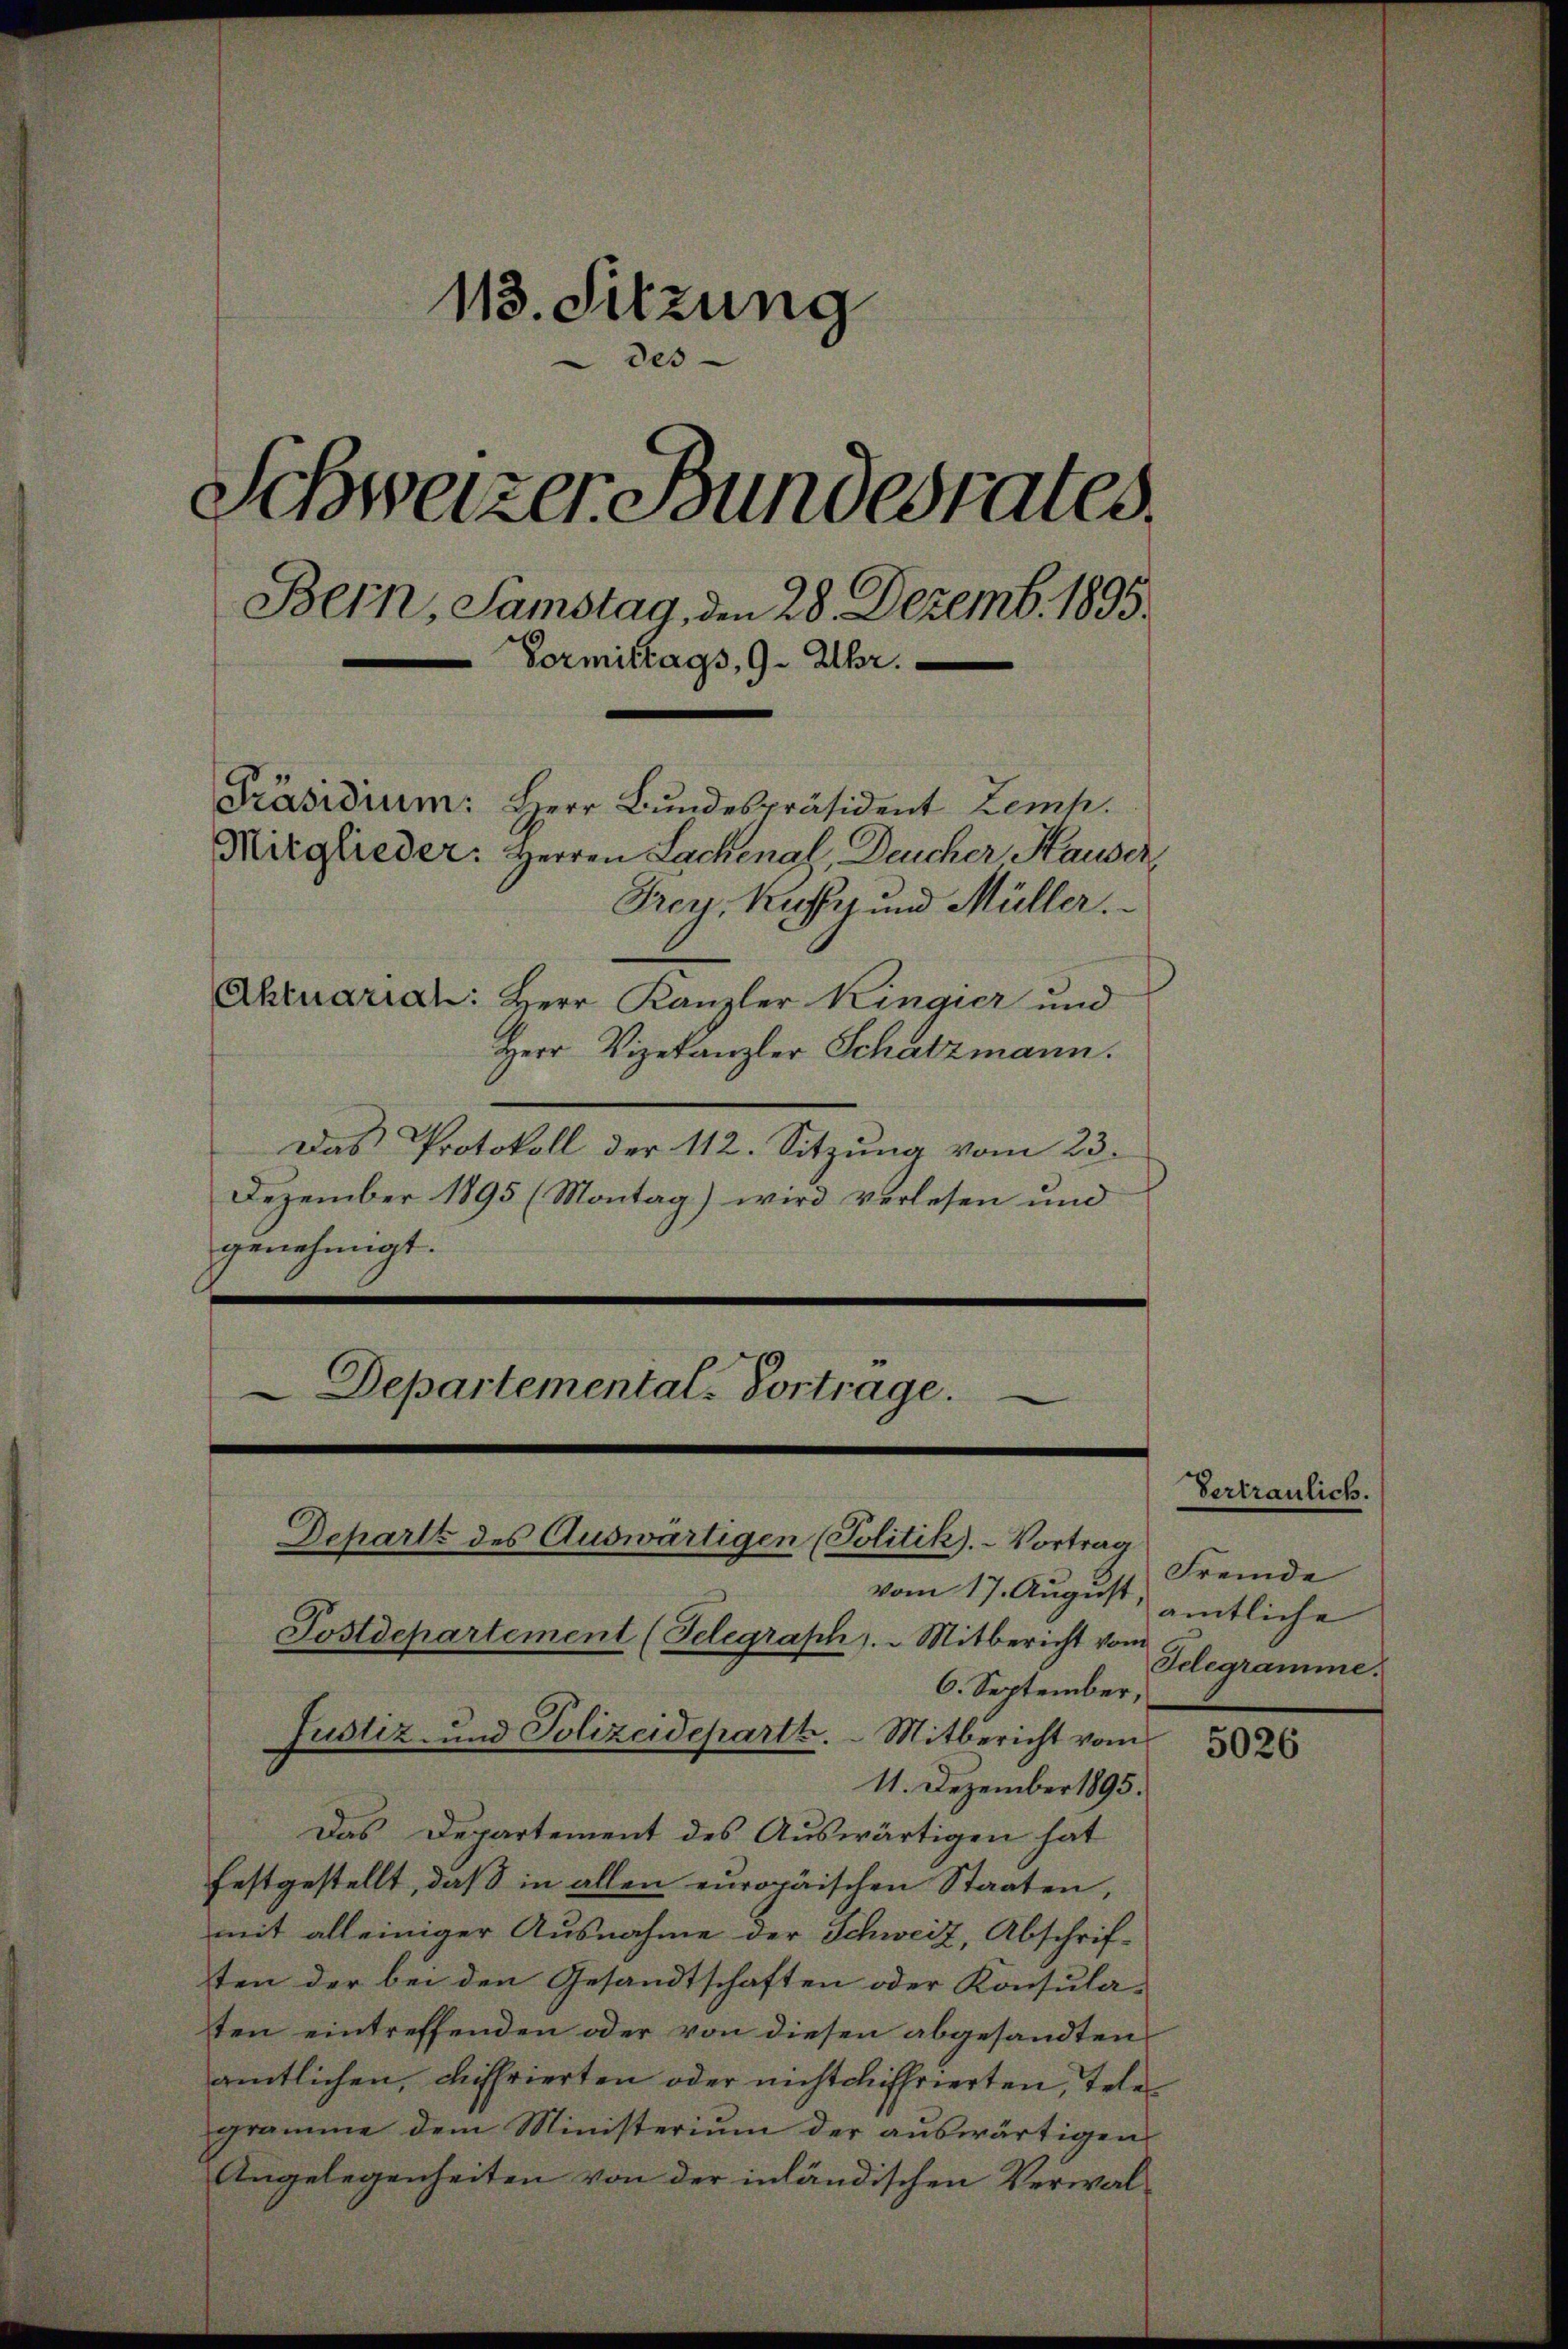
113. Sitzung
e
Schweizer Bundesrates.
Bern, Samstag, den 28. Dezemb. 1895.
Vormittags, 9. Uhr.
Präsidium: Herr Bundespräsident Zemh.
Mitglieder: Herren Lachenal, Deucher Hauser,
Frey, Kuffe und Müller.
Ahruarian Herr Kanzler Kingier und
Herr Vizekanzler Schatzmann.

Das Protokoll der 112. Sitzung vom 23.
Dezember 1895 (Montag) wird verlesen und
genehmigt.
Departemental-Vortrage.

Justiz- und Polizeidepartt. Mitbericht vom

Departz des Auswärtigen (Politik).- Vortrag

vom 17. August
Postdepartement (Telegraph. Mitbericht vom
6. September,
11. Dezember 1895.
Das Departement des Auswärtigen hat
festgestellt, daß in allen europäischen Staaten,
mit alleiniger Ausnahme der Schweiz, Abschrif-
ten der bei den Gesandtschaften oder Konsula-
ten eintreffenden oder von diesen abgesandten
amtlichen, diffrierten oder nicht chiffrierten, Tele
gramme dem Ministerium der auswärtigen
Angelegenheiten von der inländischen Verwal¬

Vertraulich.
Fremde
amtliche
Telegramme.

5026